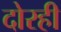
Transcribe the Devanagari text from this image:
दोरही